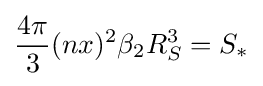
{\frac {4\pi }{3}}(nx)^{2}\beta _{2}R_{S}^{3}=S_{*}